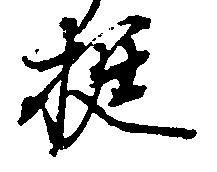
挺